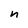
Character: n